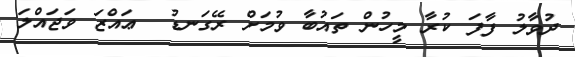
ދުވާލު ފާފަ ކުރާ މީހުން ތައުބާ ވުމަށް ރޭގަނޑު  ޢައްޒަ ވަޖައްލަ